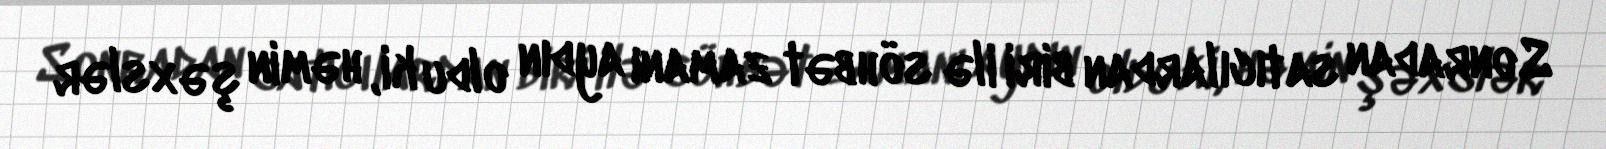
Sonradan satıcılardan biri ilə söhbət zamanı aydın oldu ki, həmin şəxslər